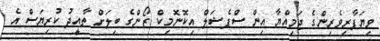
ވިޔަފާރިވެރިންގެ ޖަމިއްޔާ އިން ސްޕެޝަލް އިކޮނޮމިކް ޒޯންގެ ބިލަށް ތާއީދު ކުރިޔަސް އެ